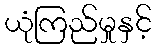
ယုံကြည်မှုနှင့်